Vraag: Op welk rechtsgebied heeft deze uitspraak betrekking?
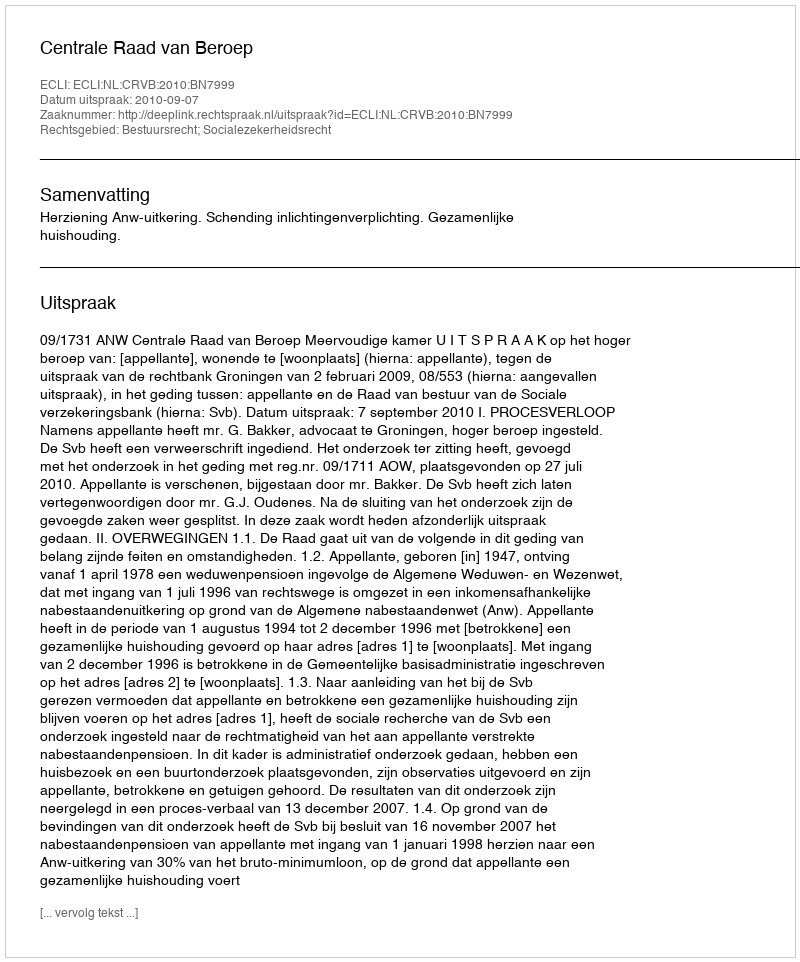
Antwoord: Bestuursrecht; Socialezekerheidsrecht